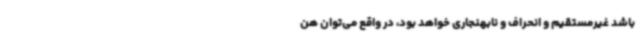
باشد غیرمستقیم و انحراف و نابهنجاری خواهد بود، در واقع می‌توان هن